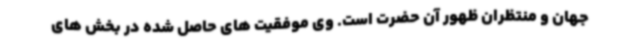
جهان و منتظران ظهور آن حضرت است. وی موفقیت های حاصل شده در بخش های